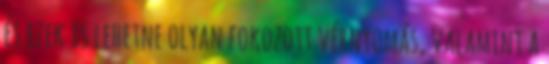
és ezek is lehetne olyan fokozott vérnyomás, valamint a